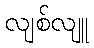
လျစ်လျူ